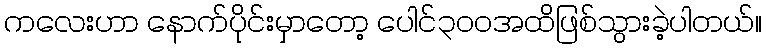
ကလေးဟာ နောက်ပိုင်းမှာတော့ ပေါင်၃၀၀အထိဖြစ်သွားခဲ့ပါတယ်။